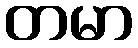
တမာ